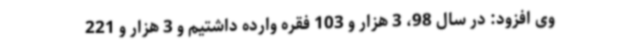
وی افزود: در سال 98، 3 هزار و 103 فقره وارده داشتیم و 3 هزار و 221